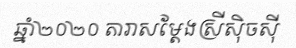
ឆ្នាំ២០២០ តារាសម្តែងស្រីស៊ិចស៊ី